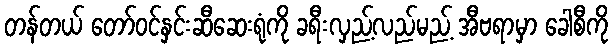
တန်တယ် တော်ဝင်နှင်းဆီဆေးရုံကို ခရီးလှည့်လည်မည့် အီဗရာမှာ ခေါစီကို